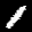
Label: 1